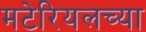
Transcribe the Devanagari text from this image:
मटेरियलच्या